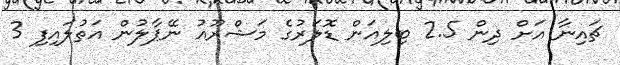
ޗައިނާ އަށް ދިން 2.5 ބިލިއަން ޑޮލަރުގެ މަޝްރޫއު ނޭޕާލުން އަތުލައިފި 3